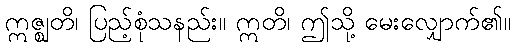
ဣဇ္ဈတိ၊ ပြည့်စုံသနည်း။ ဣတိ၊ ဤသို့ မေးလျှောက်၏။